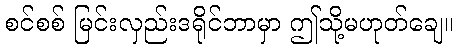
စင်စစ် မြင်းလှည်းဒရိုင်ဘာမှာ ဤသို့မဟုတ်ချေ။